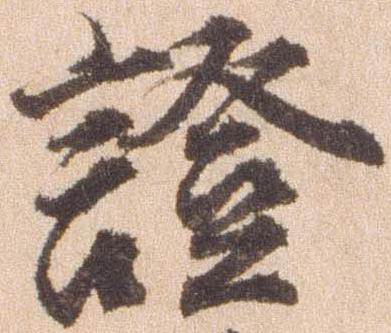
証